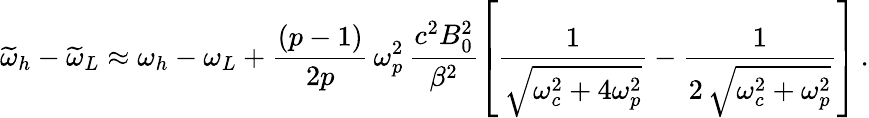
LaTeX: \widetilde{\omega}_{h}-\widetilde{\omega}_{L}\approx\omega_{h}-\omega_{L}+\frac{(p-1)}{2p}\, \omega_{p}^{2}\, \frac{c^{2}B_{0}^{2}}{\beta^{2}}\left[\frac{1}{\sqrt{\omega_{c}^{2}+4\omega_{p}^{2}}}-\frac{1}{2\, \sqrt{\omega_{c}^{2}+\omega_{p}^{2}}}\right]\, .